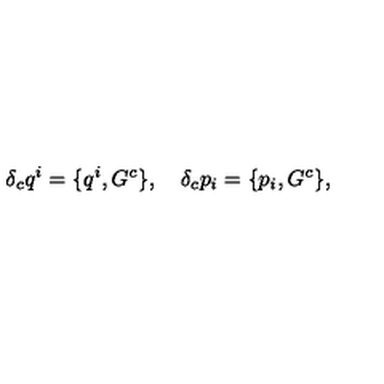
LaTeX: \delta _ { c } q ^ { i } = \{ q ^ { i } , G ^ { c } \} , \quad \delta _ { c } p _ { i } = \{ p _ { i } , G ^ { c } \} ,